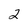
Character: 2